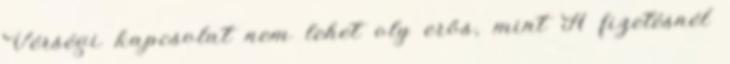
Vérségi kapcsolat nem lehet oly erős, mint A fizetésnél